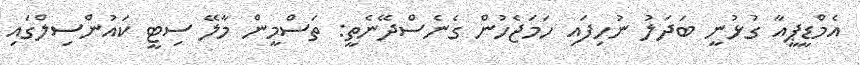
އެމްޑީޕީއާ ގުޅުނީ ބަދަލު ނުހިފައި ހަމަޖެހުން ގެނެސްދޭނެތީ: ތަސްމީން މާލޭ ސިޓީ ކައުންސިލްގައި